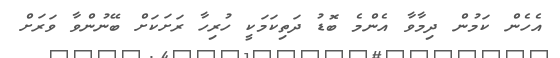
އެހެން ކަމުން ދިމާވާ އެންމެ ބޮޑު ދަތިކަމަކީ ހުރިހާ ރަށަކަށް ބޭނުންވާ ވަރަށް